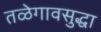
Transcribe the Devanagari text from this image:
तळेगावसुद्धा